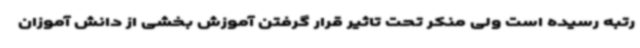
رتبه رسیده است ولی منکر تحت تاثیر قرار گرفتن آموزش بخشی از دانش آموزان